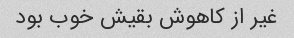
غیر از کاهوش بقیش خوب بود